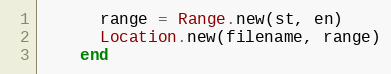
Language: Ruby
      range = Range.new(st, en)
      Location.new(filename, range)
    end